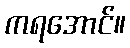
ကရအောင်။